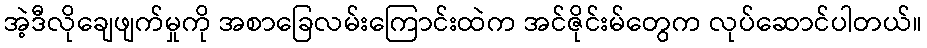
အဲ့ဒီလိုချေဖျက်မှုကို အစာခြေလမ်းကြောင်းထဲက အင်ဇိုင်းမ်တွေက လုပ်ဆောင်ပါတယ်။